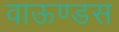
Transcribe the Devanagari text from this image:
वाऊण्डस